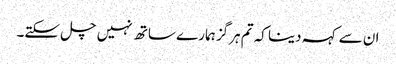
ان سے کہہ دینا کہ تم ہرگز ہمارے ساتھ نہیں چل سکتے۔